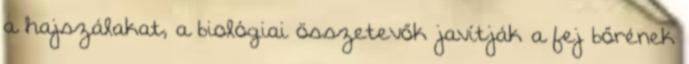
a hajszálakat, a biológiai összetevők javítják a fej bőrének